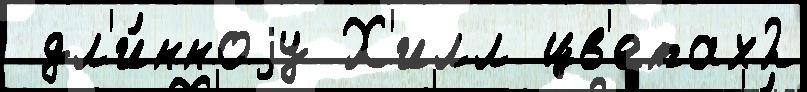
 дл'и́нноjу Х'илл цв'етах2